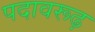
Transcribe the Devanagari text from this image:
पदावरूढ़